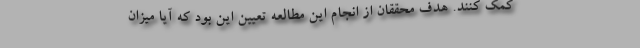
کمک کنند. هدف محققان از انجام این مطالعه تعیین این بود که آیا میزان